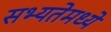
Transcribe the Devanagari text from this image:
सभ्यतेमध्ये